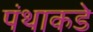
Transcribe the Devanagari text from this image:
पंथाकडे